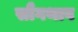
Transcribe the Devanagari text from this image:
सौंगथाव